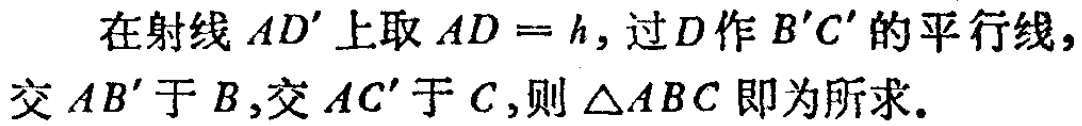
在射线 \(AD'\) 上取 \(AD = h\)，过 \(D\) 作 \(B'C'\) 的平行线，交 \(AB'\) 于 \(B\)，交 \(AC'\) 于 \(C\)，则 \(\triangle ABC\) 即为所求。